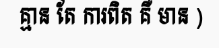
គ្មាន តែ ការពិត គឺ មាន )